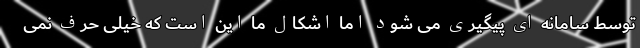
توسط سامانه ای پیگیری می شود اما اشکال ما این است که خیلی حرف نمی